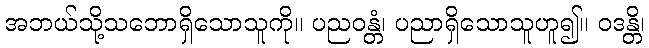
အဘယ်သို့သဘောရှိသောသူကို။ ပညဝန္တံ၊ ပညာရှိသောသူဟူ၍။ ဝဒန္တိ၊